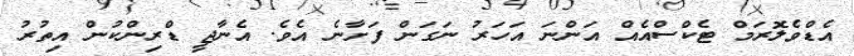
އެޑްވެލޮރަމް ޓެކްސްއެއް އަންނަ އަހަރު ނަގަން ފަށާނެ އެވެ. އެނާޖީ ޑްރިންކުން އިތުރު